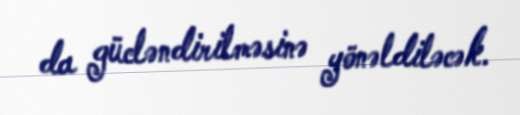
da gücləndirilməsinə yönəldiləcək.